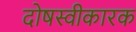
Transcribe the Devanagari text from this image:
दोषस्वीकारक